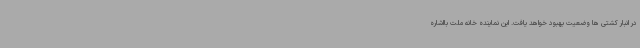
در انبار کشتی ها وضعیت بهبود خواهد یافت. این نماینده خانه ملت بااشاره